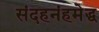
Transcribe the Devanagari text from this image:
संदहनंहमेद्ध